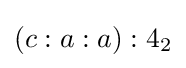
(c:a:a):4_{2}